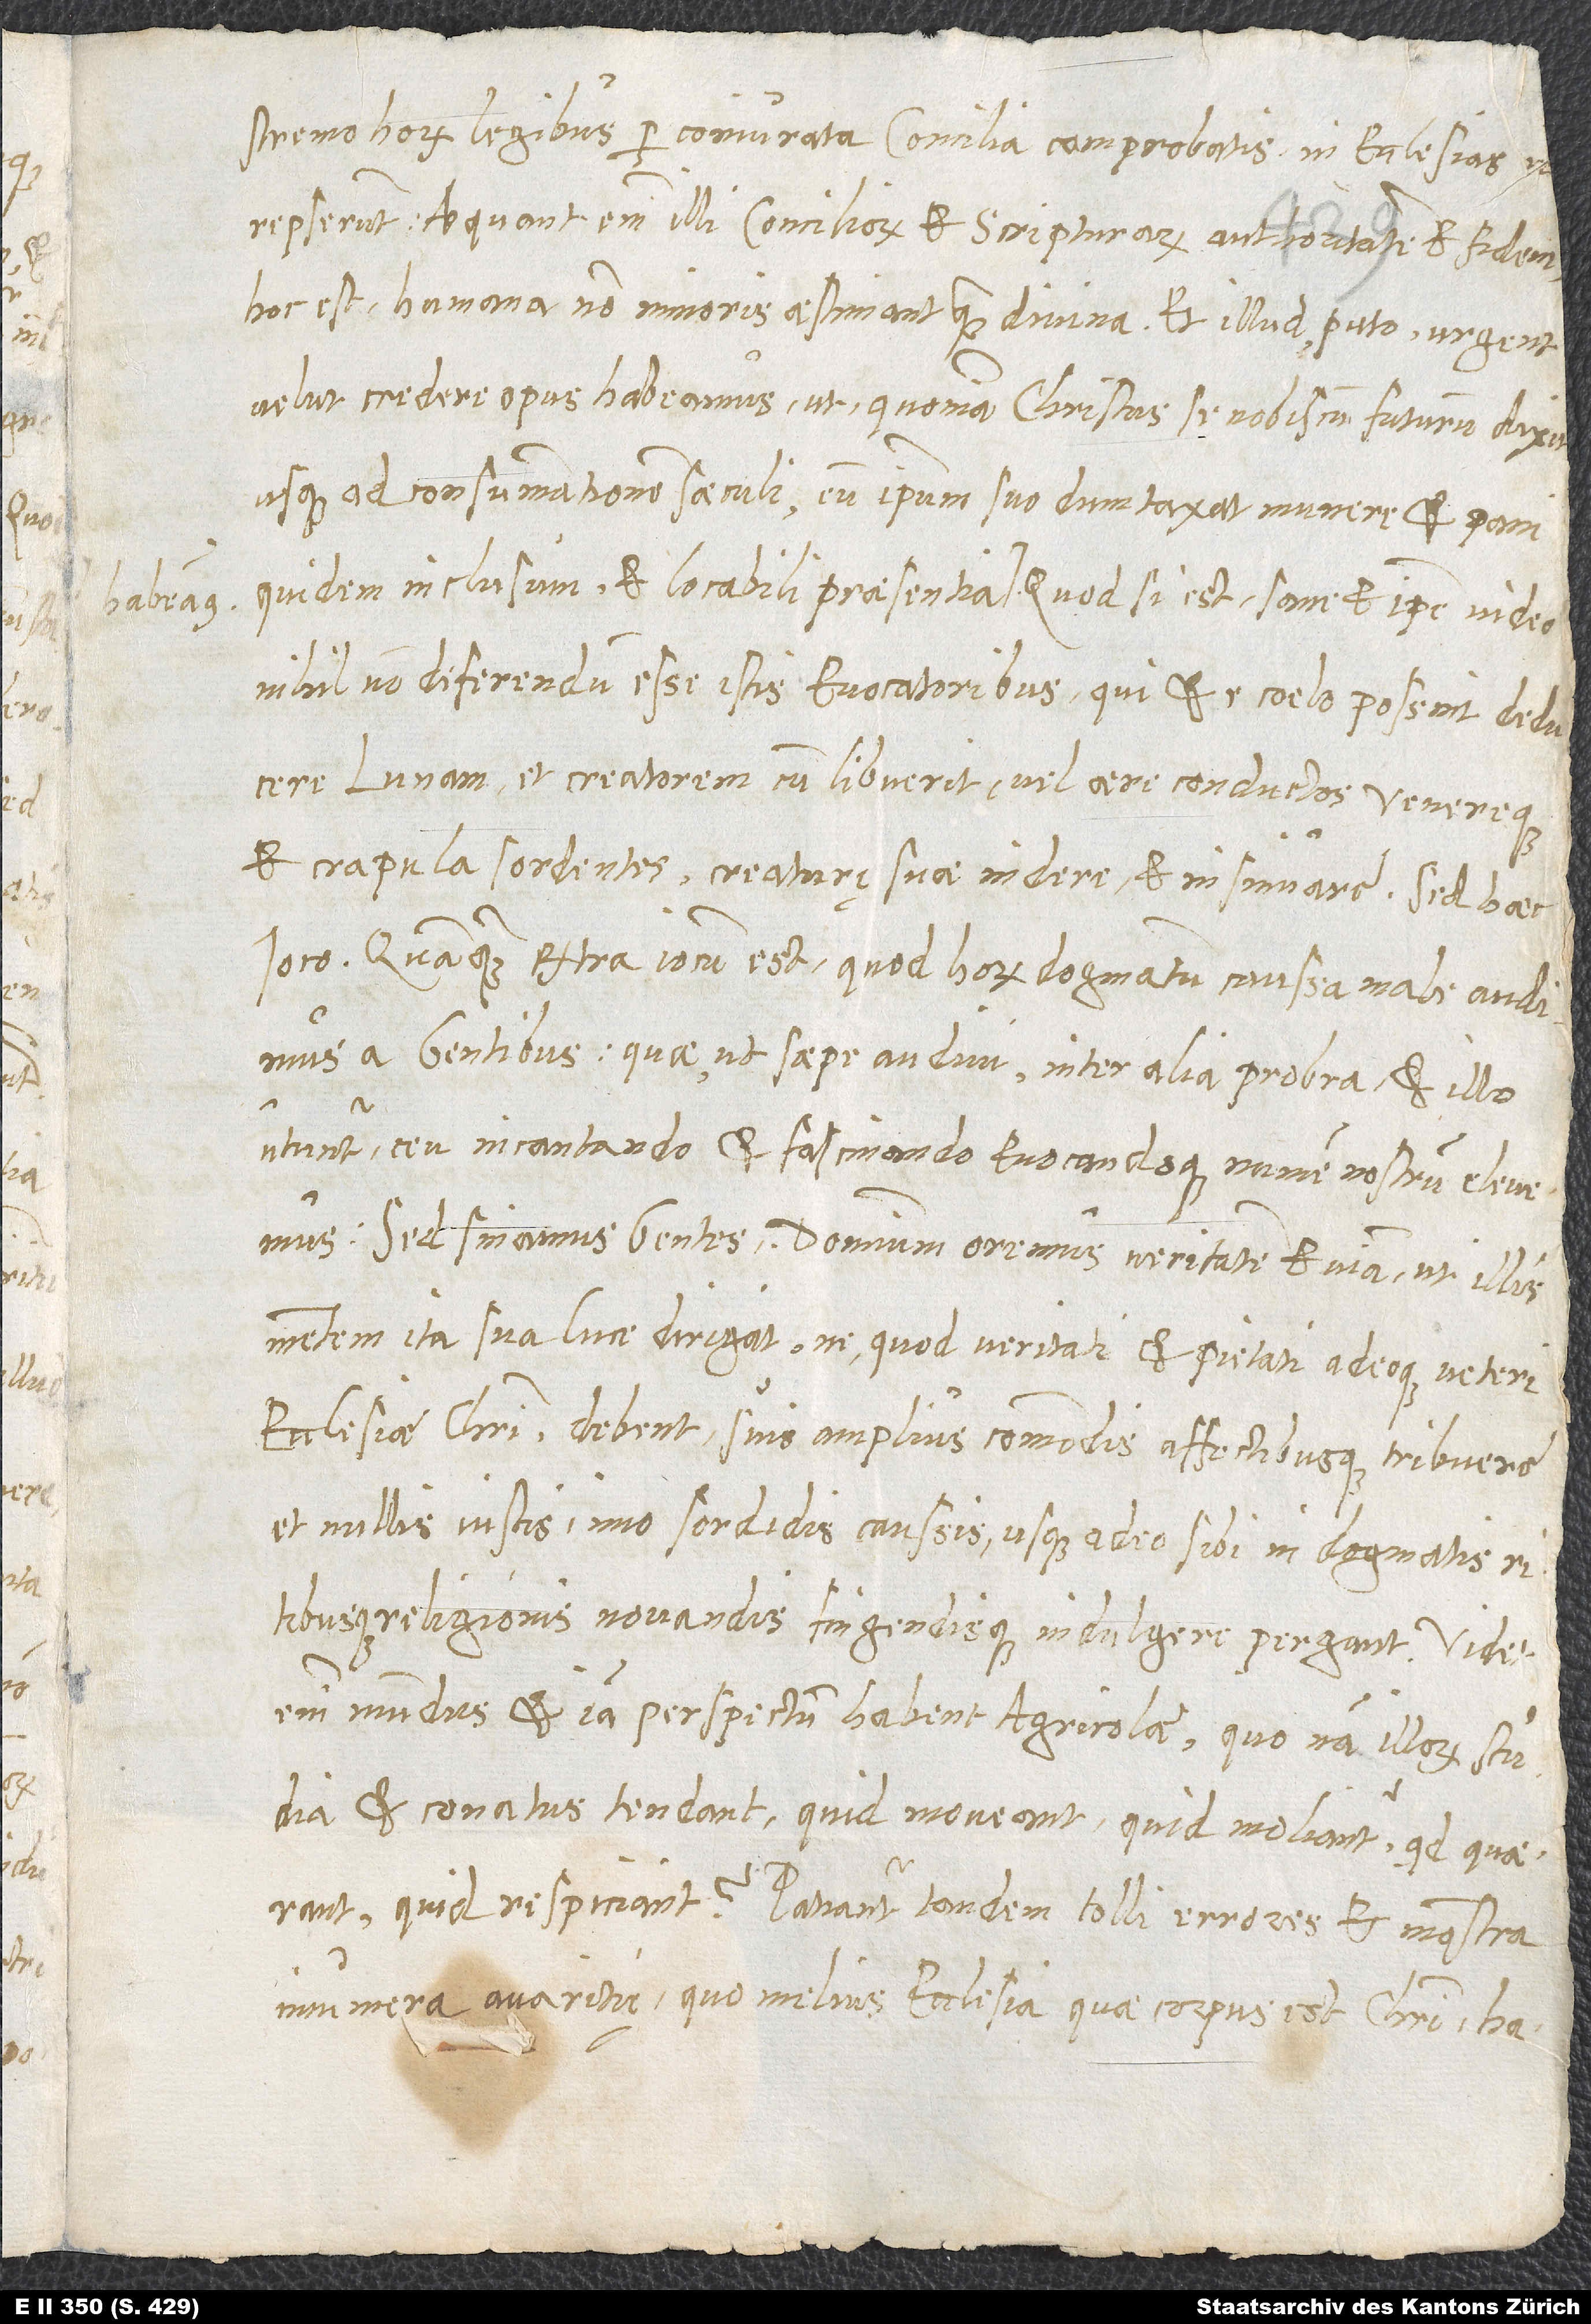
postremo horum legibus, per coniurata concilia comprobatis, in ecclesias
irrepserunt. Aequant enim illi conciliorum et scripturarum auctoritatem et fidem,
hoc est humana non minoris aestimant quam divina. Et illud, puto, urgent,
velut credere opus habeamus, ut, quoniam Christus se nobiscum futurum dixit
usque ad consummationem saeculi, eum ipsum suo dumtaxat munere et pani
nihil non deferendum esse istis evocatoribus, qui et e caelo possint deducere
lunam et creatorem, cum libuerit, vel aere conductos Venereque
et crapula sordentes creaturę suae indere et insinuare. Sed haec
ioco, quamquam extra iocum est, quod horum dogmatum caussa male audimus
a gentibus, quae, ut saepe audivi, inter alia probra et illo
utuntur, ceu incantando et fascinando evocandoque numen nostrum elevemus.
Sed sinamus gentes; dominum oremus, veritatem et viam, ut illis
mentem ita sua luce dirigat, ne, quod veritati et pietati adeoque veteri
ecclesiae Christi debent, suis amplius commodis affectibusque tribuere
et nullis iustis, immo sordidis caussis usque adeo sibi in dogmatis
ritibusque religionis novandis fingendisque indulgere pergant. Videt
enim mundus et iam perspectum habent agricolae, quonam illorum studia
et conatus tendant, quid moveant, quid moliantur, quid quaerant,
quid respiciant. Patiantur tandem tolli errores et monstra
innumera avaritiae, quo melius ecclesia, quae corpus est Christi, habere